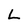
Character: L